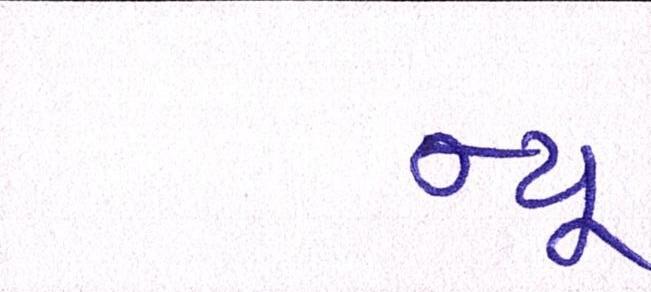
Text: ન્યૂ